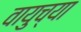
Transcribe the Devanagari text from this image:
वायुच्या